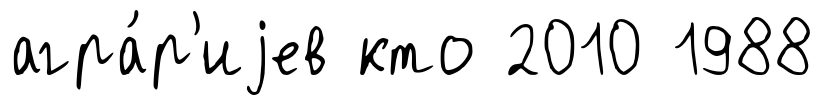
агра́р'иjев кто 2010 1988